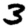
Digit: 3